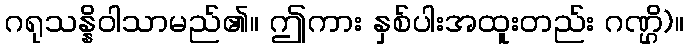
ဂရုသန္နိဝါသာမည်၏။ ဤကား နှစ်ပါးအထူးတည်း ဂဏ္ဌိ)။